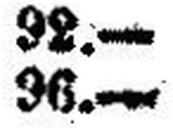
96.—